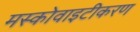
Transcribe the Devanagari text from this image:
मस्कोवाइटीकरण